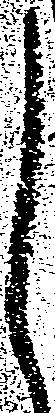
し